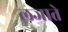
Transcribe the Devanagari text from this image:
लजाते